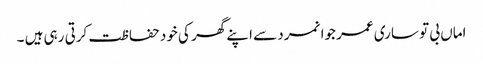
اماں بی تو ساری عمر جوانمرد سے اپنے گھر کی خود حفاظت کرتی رہی ہیں ۔